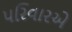
પરિવારએ